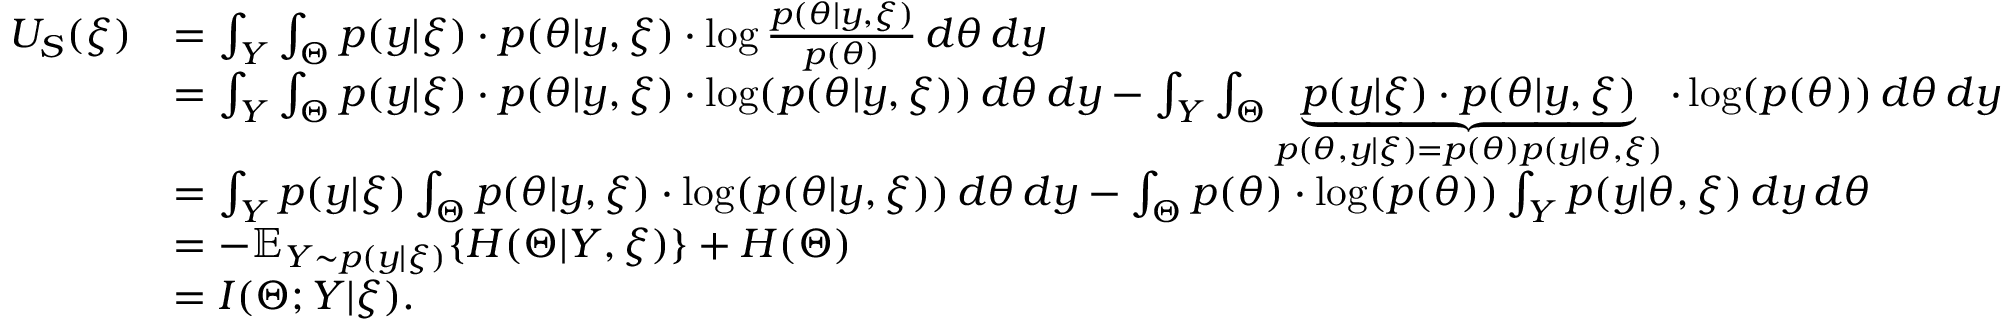
\begin{array} { r l } { U _ { S } ( \xi ) } & { = \int _ { Y } \int _ { \Theta } p ( y | \xi ) \cdot p ( \theta | y , \xi ) \cdot \log \frac { p ( \theta | y , \xi ) } { p ( \theta ) } \, d \theta \, d y } \\ & { = \int _ { Y } \int _ { \Theta } p ( y | \xi ) \cdot p ( \theta | y , \xi ) \cdot \log ( p ( \theta | y , \xi ) ) \, d \theta \, d y - \int _ { Y } \int _ { \Theta } \underbrace { p ( y | \xi ) \cdot p ( \theta | y , \xi ) } _ { { p ( \theta , y | \xi ) = p ( \theta ) p ( y | \theta , \xi ) } } \cdot \log ( p ( \theta ) ) \, d \theta \, d y } \\ & { = \int _ { Y } p ( y | \xi ) \int _ { \Theta } p ( \theta | y , \xi ) \cdot \log ( p ( \theta | y , \xi ) ) \, d \theta \, d y - \int _ { \Theta } p ( \theta ) \cdot \log ( p ( \theta ) ) \int _ { Y } p ( y | \theta , \xi ) \, d y \, d \theta } \\ & { = - \mathbb { E } _ { Y \sim p ( y | \xi ) } \{ H ( \Theta | Y , \xi ) \} + H ( \Theta ) } \\ & { = I ( \Theta ; Y | \xi ) . } \end{array}